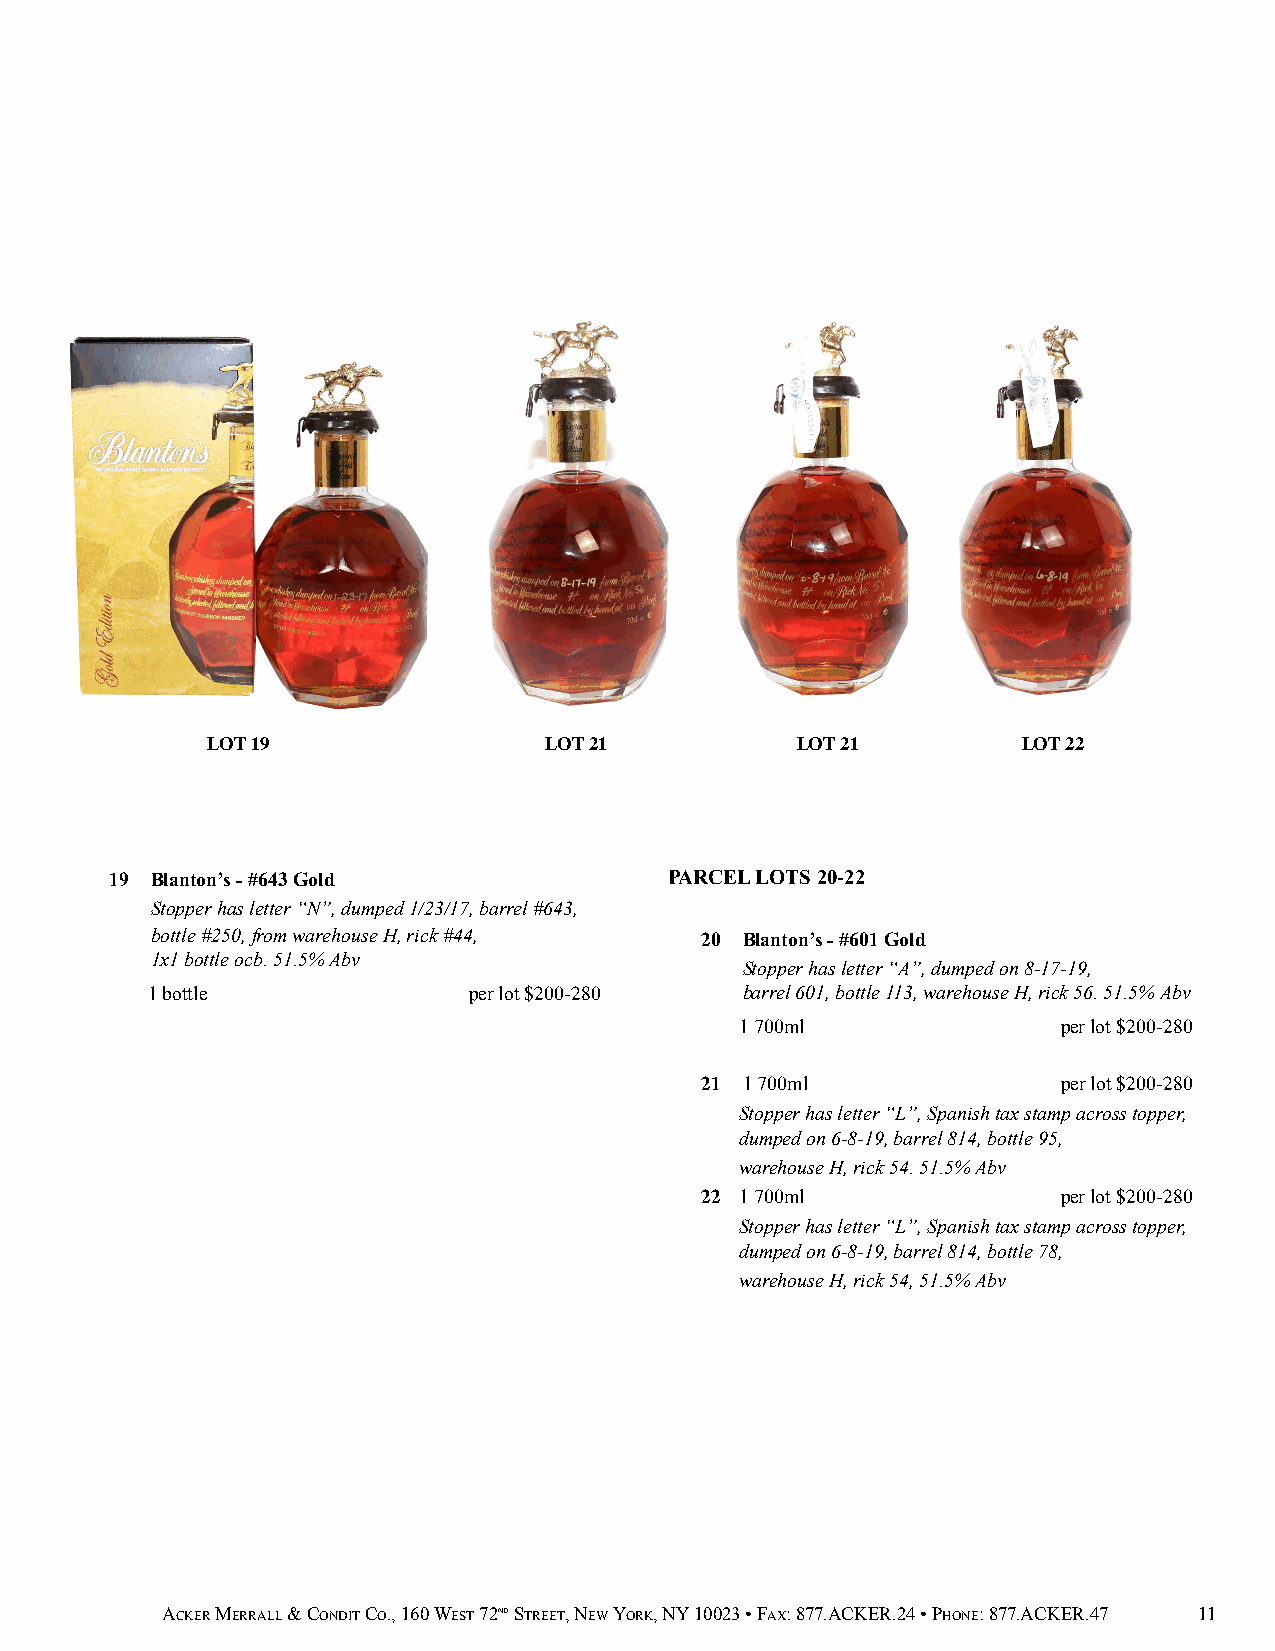
LOT 19                LOT 21           LOT 21         LOT 22
 19 Blanton’s - #643 Gold             PARCEL LOTS 20-22
 Stopper has letter “N”, dumped 1/23/17, barrel #643,
 bottle #250, from warehouse H, rick #44, 20 Blanton’s - #601 Gold
 1x1 bottle ocb. 51.5% Abv
 Stopper has letter “A”, dumped on 8-17-19,
 1 bottle             per lot $200-280  barrel 601, bottle 113, warehouse H, rick 56. 51.5% Abv
 1 700ml              per lot $200-280
 21 1 700ml              per lot $200-280
 Stopper has letter “L”, Spanish tax stamp across topper,
 dumped on 6-8-19, barrel 814, bottle 95,
 warehouse H, rick 54. 51.5% Abv
 22 1 700ml              per lot $200-280
 Stopper has letter “L”, Spanish tax stamp across topper,
 dumped on 6-8-19, barrel 814, bottle 78,
 warehouse H, rick 54, 51.5% Abv
 ACKER MERRALL & CONDIT CO., 160 WEST 72ND STREET, NEW YORK, NY 10023 • FAX: 877.ACKER.24 • PHONE: 877.ACKER.47 11